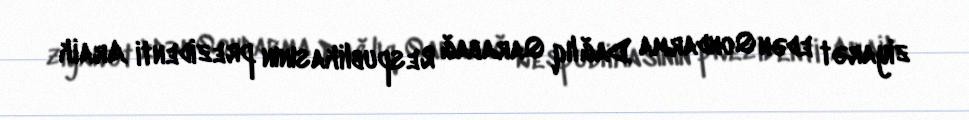
ziyarət edən Qondarma Dağlıq Qarabağ Respublikasının prezidenti Araik